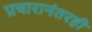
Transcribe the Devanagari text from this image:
प्रचारानंतरही